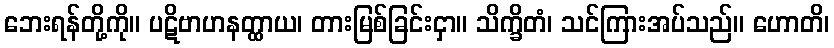
ဘေးရန်တို့ကို။ ပဋိဗာဟနတ္ထာယ၊ တားမြစ်ခြင်းငှာ။ သိက္ခိတံ၊ သင်ကြားအပ်သည်။ ဟောတိ၊